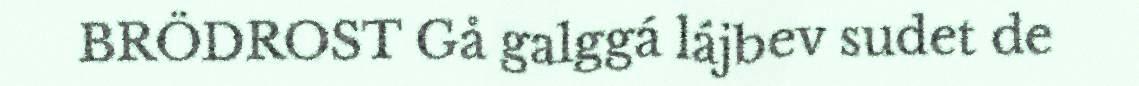
BRÖDROST Gå galggá lájbev sudet de